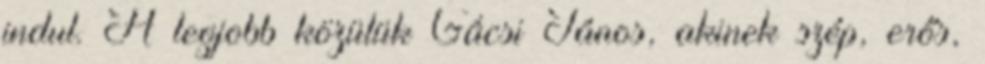
indul. A legjobb közülük Gácsi János, akinek szép, erős,